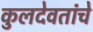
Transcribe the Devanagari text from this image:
कुलदेवतांचे